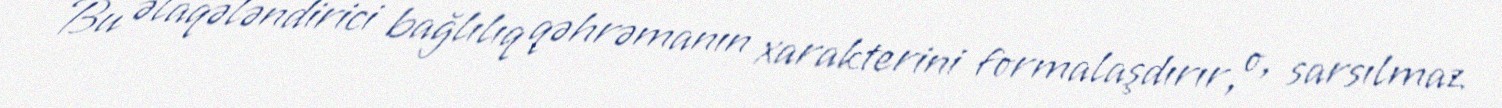
Bu əlaqələndirici bağlılıq qəhrəmanın xarakterini formalaşdırır, o, sarsılmaz